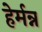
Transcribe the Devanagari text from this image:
हेर्मन्न